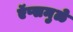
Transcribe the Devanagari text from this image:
ऍप्समुळे